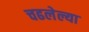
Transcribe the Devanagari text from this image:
चढलेल्या